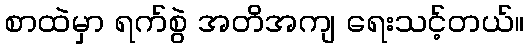
စာထဲမှာ ရက်စွဲ အတိအကျ ရေးသင့်တယ်။